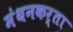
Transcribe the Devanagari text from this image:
मंथनकर्ता